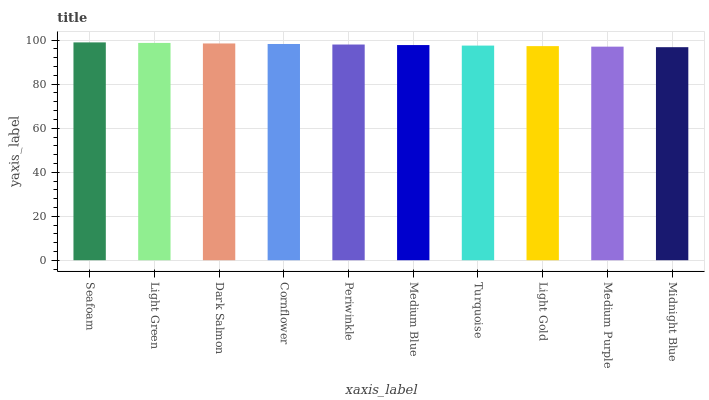
| xaxis_label | bars |
 | --- | --- |
 | Seafoam | 99 |
 | Light Green | 98.8 |
 | Dark Salmon | 98.5 |
 | Cornflower | 98.3 |
 | Periwinkle | 98 |
 | Medium Blue | 97.8 |
 | Turquoise | 97.5 |
 | Light Gold | 97.3 |
 | Medium Purple | 97.1 |
 | Midnight Blue | 96.8 |